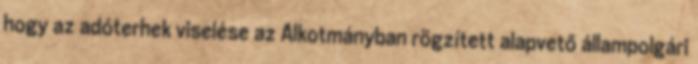
hogy az adóterhek viselése az Alkotmányban rögzített alapvető állampolgári